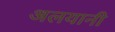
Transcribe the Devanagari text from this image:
अलयानी